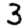
Digit: 3